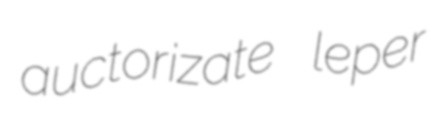
auctorizate leper